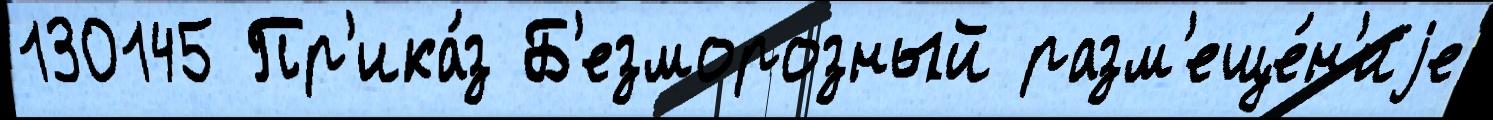
130145 Пр'ика́з Б'езморозный разм'еще́н'иjе